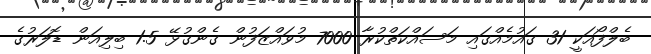
ބެލްފޯއަކީ 31 ގައުމެއްގައި މަސައްކަތްކުރާ 7000 މުވައްޒަފުން ގެންގުޅޭ 1.5 ބިލިއަން ޑޮލަރުގެ